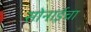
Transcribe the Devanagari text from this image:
सोनाईचा